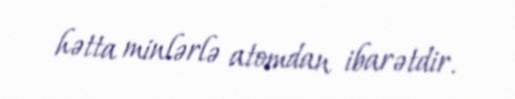
hətta minlərlə atomdan ibarətdir.